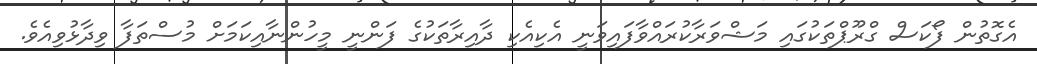
އެގޮތުން ފޯކަސް ގްރޫޕްތަކުގައި މަޝްވަރާކުރައްވާފައިވަނީ އެކިއެކި ދާއިރާތަކުގެ ފަންނީ މީހުންނާއިކަމަށް މުސްތަފާ ވިދާޅުވިއެވެ.